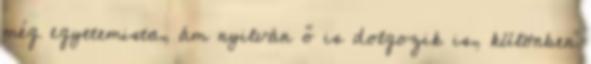
még egyetemista, ám nyilván ő is dolgozik is, különben